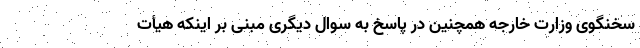
سخنگوی وزارت خارجه همچنین در پاسخ به سوال دیگری مبنی بر اینکه هیأت